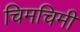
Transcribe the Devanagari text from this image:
चिमचिमी